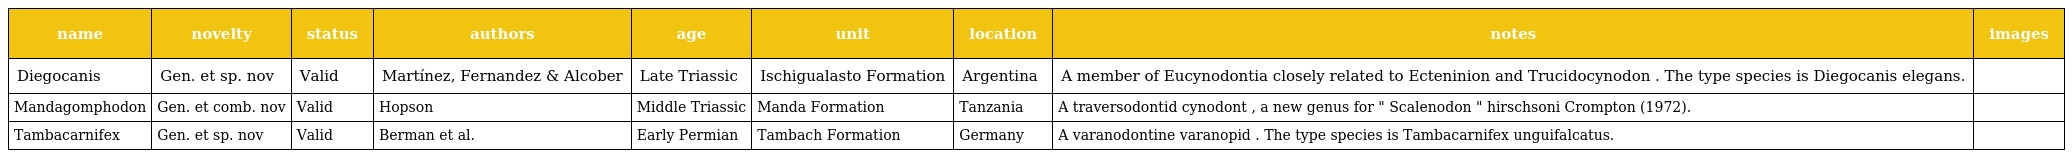
| name | novelty | status | authors | age | unit | location | notes | images |
 | --- | --- | --- | --- | --- | --- | --- | --- | --- |
 | Diegocanis | Gen. et sp. nov | Valid | Martínez, Fernandez & Alcober | Late Triassic | Ischigualasto Formation | Argentina | A member of Eucynodontia closely related to Ecteninion and Trucidocynodon . The type species is Diegocanis elegans. |  |
 | Mandagomphodon | Gen. et comb. nov | Valid | Hopson | Middle Triassic | Manda Formation | Tanzania | A traversodontid cynodont , a new genus for " Scalenodon " hirschsoni Crompton (1972). |  |
 | Tambacarnifex | Gen. et sp. nov | Valid | Berman et al. | Early Permian | Tambach Formation | Germany | A varanodontine varanopid . The type species is Tambacarnifex unguifalcatus. |  |